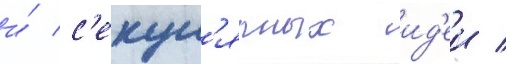
и́ с'екул'ярных ид'еи /